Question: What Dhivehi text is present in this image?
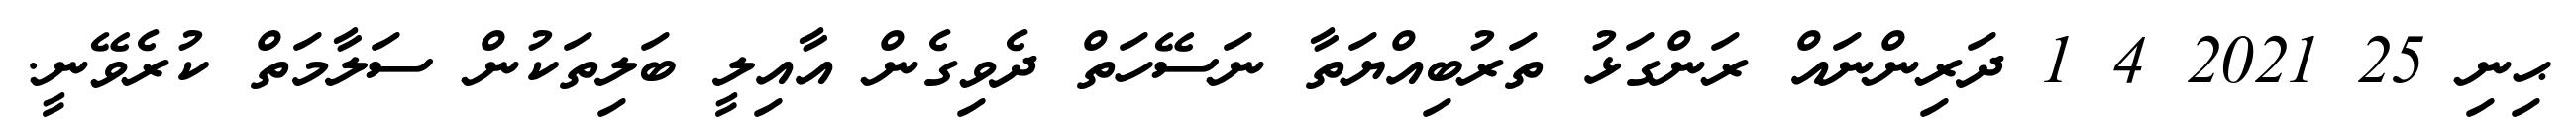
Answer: ޙިނި 25 2021 4 1 ދަރިންނައް ރަންގަޅު ތަރުބިއްޔަތާ ނަސޭހަތް ދެވިގެން އާއިލީ ބަލިތަކުން ސަލާމަތް ކުރެވޭނީ.